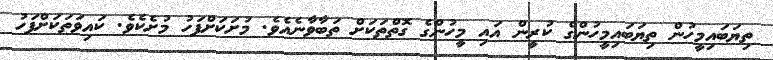
ތިޔަބައިމީހުން ތިޔަބައިމީހުންގެ ކުރީން އައި މީހުންގެ ގޮތްތަކަށް ތަބާވާނެއެވެ. މުށަކަށްފަހު މުށެކެވެ. ކައިވަތަކަށްފަހު